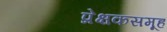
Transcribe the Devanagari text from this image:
प्रेक्षकसमूह